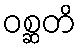
ဝစ္ဆတိ